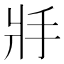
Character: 𢪇